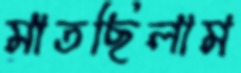
মাতছিলাম